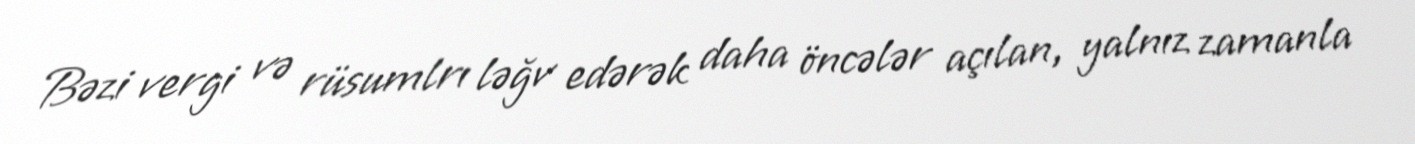
Bəzi vergi və rüsumlrı ləğv edərək daha öncələr açılan, yalnız zamanla